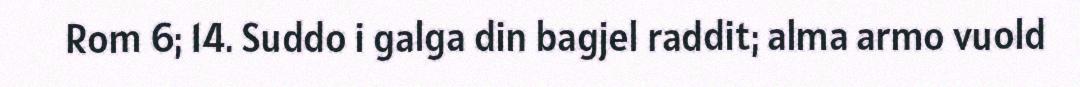
Rom 6; 14. Suddo i galga din bagjel raddit; alma armo vuold